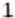
1